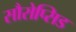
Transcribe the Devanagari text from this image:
सौरोप्सिड